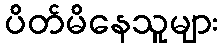
ပိတ်မိနေသူများ